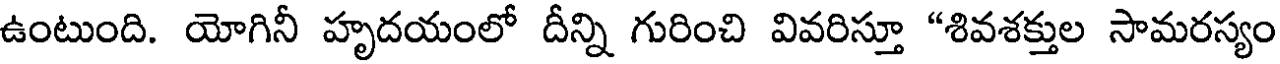
ఉంటుంది. యోగినీ హృదయంలో దీన్ని గురించి వివరిస్తూ "శివశక్తుల సామరస్యం